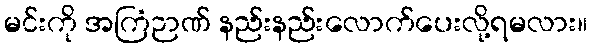
မင်းကို အကြံဉာဏ် နည်းနည်းလောက်ပေးလို့ရမလား။